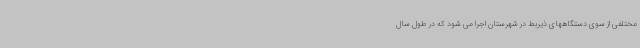
مختلفی از سوی دستگاههای ذیربط در شهرستان اجرا می شود که در طول سال